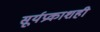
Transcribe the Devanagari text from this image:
सूर्यप्रकाशही